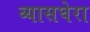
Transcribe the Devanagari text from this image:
व्यासघेरा